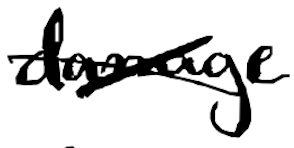
Text: damage
Cross-out: mix
Writing tool: digital_black